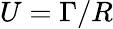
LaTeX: U=\Gamma/R